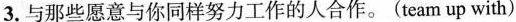
3.与那些愿意与你同样努力工作的人合作。(team up with)